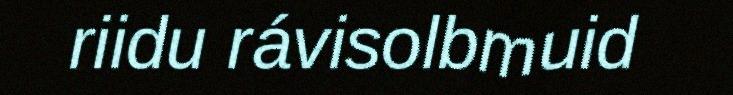
riidu rávisolbmuid